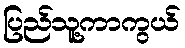
ပြည်သူ့ကာကွယ်